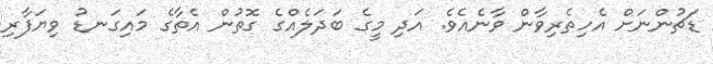
ޑަޗުންނަށް އެހިތެރިވާން ވާނެއެވެ. އަދި މީގެ ބަދަލެއްގެ ގޮތުން އެތާގެ މައިގަނޑު ވިޔަފާރި